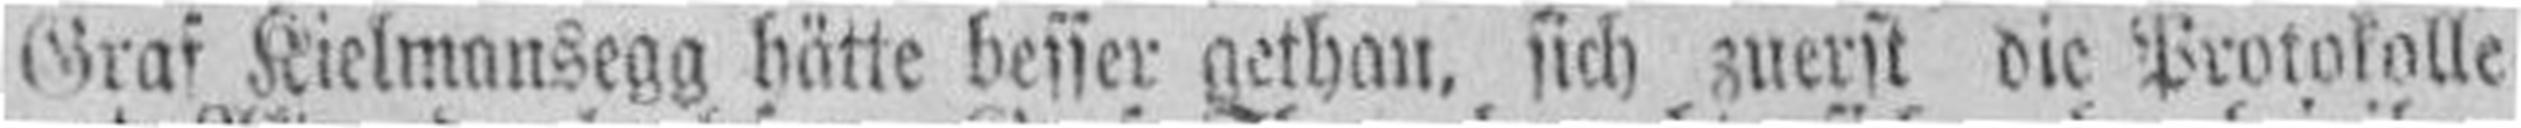
Graf Kielmansegg hätte besser gethan, sich zuerst die Protokolle